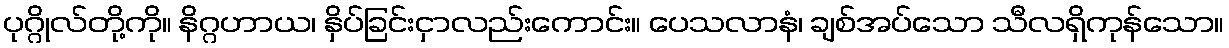
ပုဂ္ဂိုလ်တို့ကို။ နိဂ္ဂဟာယ၊ နှိပ်ခြင်းငှာလည်းကောင်း။ ပေသလာနံ၊ ချစ်အပ်သော သီလရှိကုန်သော။